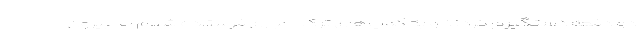
دو دفعه دستگیرم کردند و به کمپ‌های ترک اجباری فرستاده شدم اما بیرون